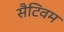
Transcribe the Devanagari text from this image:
सैटिवम